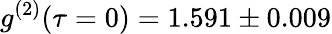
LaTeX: g^{(2)}(\tau=0)=1.591\pm 0.009